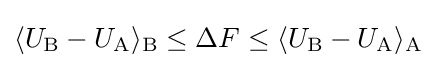
\langle U_{\text{B}}-U_{\text{A}}\rangle _{\text{B}}\leq \Delta F\leq \langle U_{\text{B}}-U_{\text{A}}\rangle _{\text{A}}